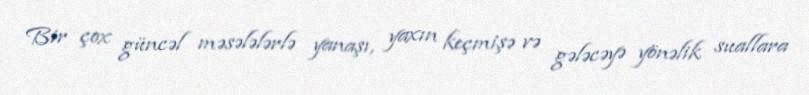
Bir çox güncəl məsələlərlə yanaşı, yaxın keçmişə və gələcəyə yönəlik suallara